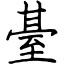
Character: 䑓